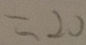
= 2 0